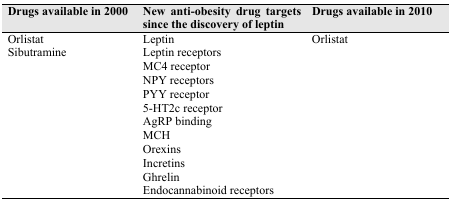
<table><thead><tr><td><b>Drugs available in 2000 </b></td><td><b>New anti-obesity drug targets since the discovery of leptin</b></td><td><b>Drugs available in 2010 </b></td></tr></thead><tbody><tr><td>Orlistat</td><td>Leptin</td><td>Orlistat</td></tr><tr><td>Sibutramine</td><td>Leptin receptors</td><td></td></tr><tr><td></td><td>MC4 receptor</td><td></td></tr><tr><td></td><td>NPY receptors</td><td></td></tr><tr><td></td><td>PYY receptor</td><td></td></tr><tr><td></td><td>5-HT2c receptor</td><td></td></tr><tr><td></td><td>AgRP binding</td><td></td></tr><tr><td></td><td>MCH</td><td></td></tr><tr><td></td><td>Orexins</td><td></td></tr><tr><td></td><td>Incretins</td><td></td></tr><tr><td></td><td>Ghrelin</td><td></td></tr><tr><td></td><td>Endocannabinoid receptors</td><td></td></tr></tbody></table>